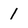
Character: 1